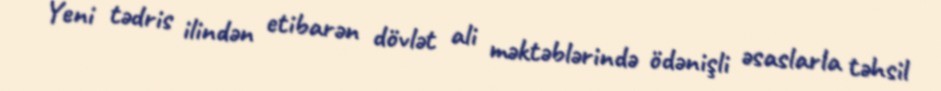
Yeni tədris ilindən etibarən dövlət ali məktəblərində ödənişli əsaslarla təhsil